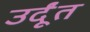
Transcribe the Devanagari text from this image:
उर्दूंत